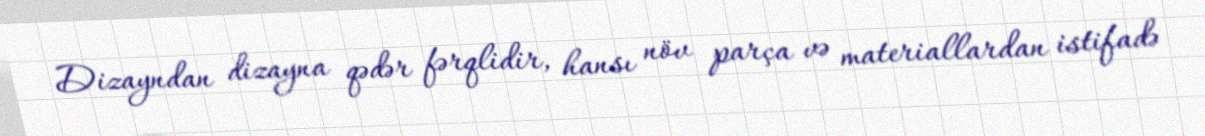
Dizayndan dizayna qədər fərqlidir, hansı növ parça və materiallardan istifadə